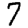
Digit: 7